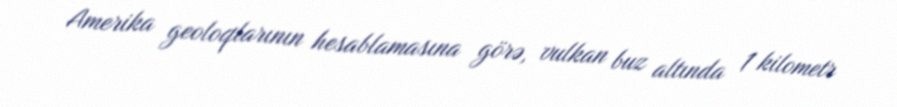
Amerika geoloqlarının hesablamasına görə, vulkan buz altında 1 kilometr